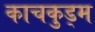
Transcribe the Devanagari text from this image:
काचकुड्म